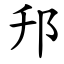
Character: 䢴